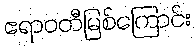
ဧရာဝတီမြစ်ကြောင်း